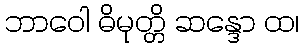
ဘာဝေါ ဓိမုတ္တိ ဆန္ဒော ထ၊